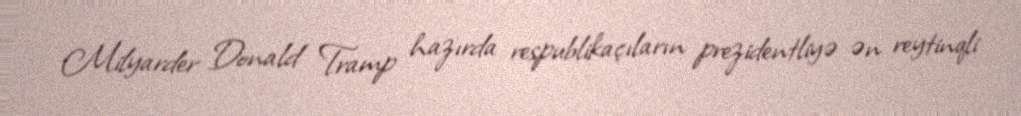
Milyarder Donald Tramp hazırda respublikaçıların prezidentliyə ən reytinqli